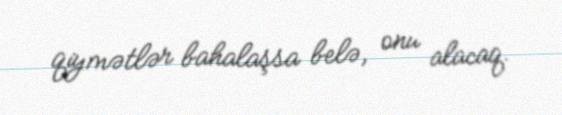
qiymətlər bahalaşsa belə, onu alacaq.